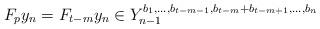
LaTeX: \begin{align*}F_py_n=F_{t-m}y_n\in Y_{n-1}^{b_1,\dots, b_{t-m-1},b_{t-m}+b_{t-m+1},\dots,b_n}\end{align*}